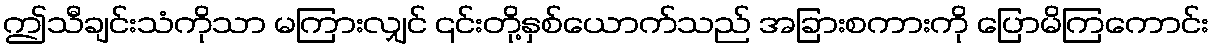
ဤသီချင်းသံကိုသာ မကြားလျှင် ၎င်းတို့နှစ်ယောက်သည် အခြားစကားကို ပြောမိကြကောင်း